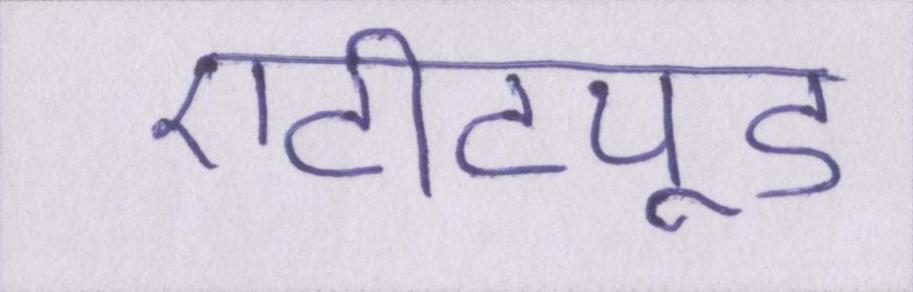
एटीट्यूड